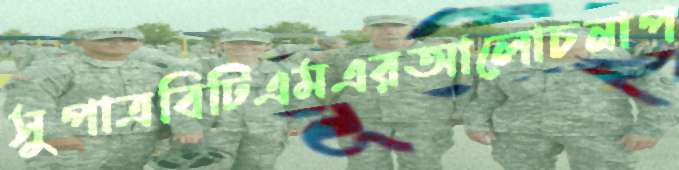
সুপাত্রবিটিএমএরআলোচনাপ